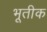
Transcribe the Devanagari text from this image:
भूतीक